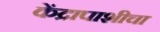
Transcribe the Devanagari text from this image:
केंद्रापाशीचा